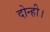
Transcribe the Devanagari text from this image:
दोन्ही।